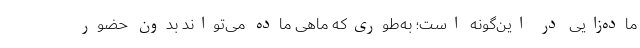
ماده‌زایی در این‌گونه است؛ به‌طوری‌که ماهی ماده می‌تواند بدون حضور